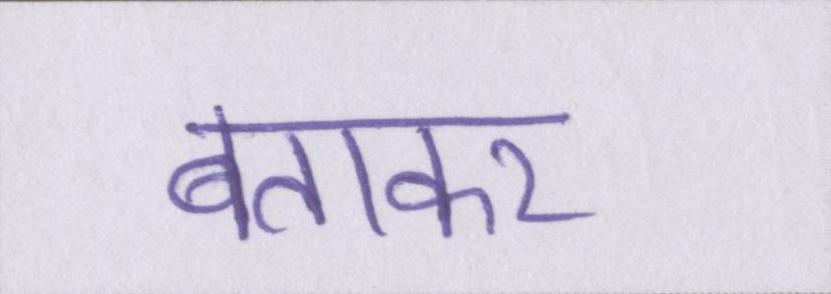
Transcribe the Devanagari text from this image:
बताकर